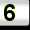
Digit: 3